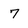
Character: 7